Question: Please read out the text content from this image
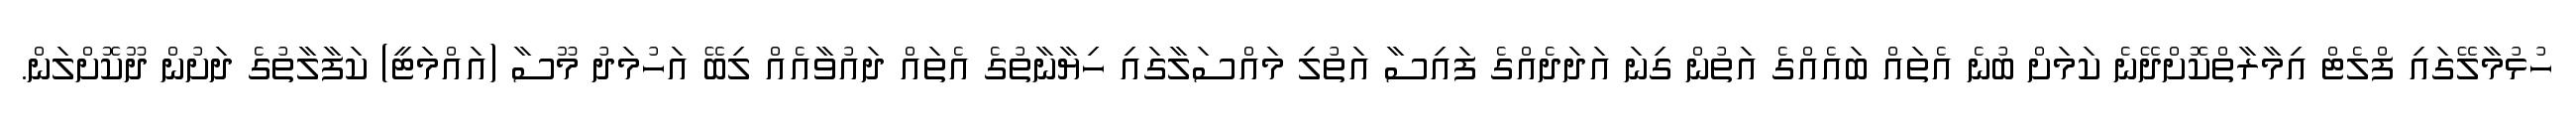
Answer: ހުޅުމާލޭގައި ފްލެޓް އިމާރާތްކޮށްދޭނެ ކަމަށް ބުނެ އެތައް ބައެއްގެ އަތުން ގިނަ އަދަދެއްގެ ފައިސާ އަތުލި މައްސަލާގައި ހިޔާނާތުގެ އެތައް ދައުވާއެއް ލިބޭ އަހުމަދު މޫސާ (އައްމަޓީ) ކަފާލާތުގެ ދަށުން ދޫކޮށްލަން.